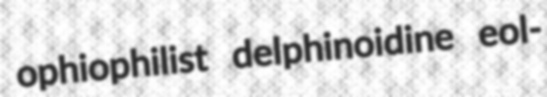
ophiophilist delphinoidine eol-